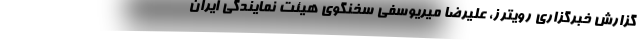
گزارش خبرگزاری رویترز، علیرضا میریوسفی سخنگوی هیئت نمایندگی ایران